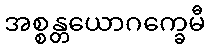
အစ္စန္တယောဂက္ခေမီ